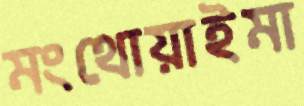
মংথোয়াইমা